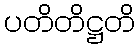
ပတိတိဋ္ဌတိ